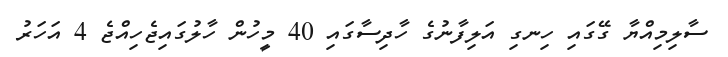
ސާލިމިއްޔާ ގޭގައި ހިނގި އަލިފާނުގެ ހާދިސާގައި 40 މީހުން ހާލުގައިޖެހިއްޖެ 4 އަހަރު